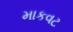
માકવટ